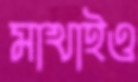
মাখাইও